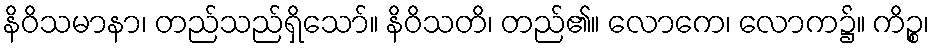
နိဝိသမာနာ၊ တည်သည်ရှိသော်။ နိဝိသတိ၊ တည်၏။ လောကေ၊ လောက၌။ ကိဉ္စ၊